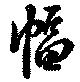
幅